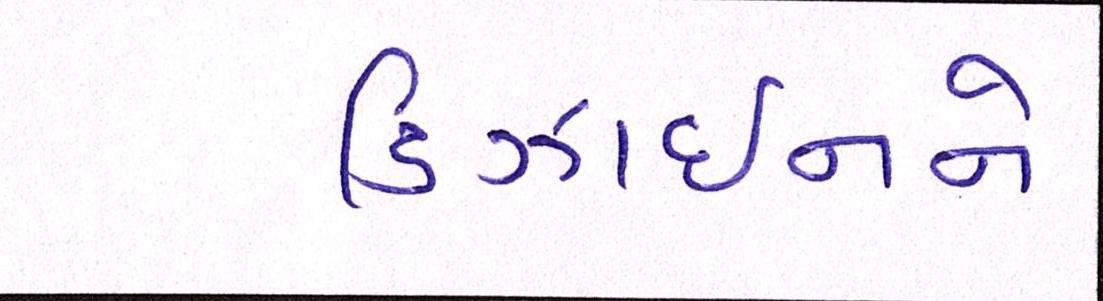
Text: ડિઝાઈનને